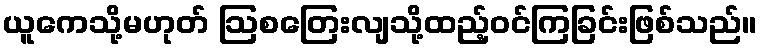
ယူကေသို့မဟုတ် ဩစတြေးလျသို့ထည့်ဝင်ကြခြင်းဖြစ်သည်။